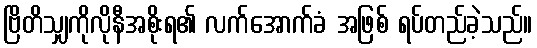
ဗြိတိသျှကိုလိုနီအစိုးရ၏ လက်အောက်ခံ အဖြစ် ရပ်တည်ခဲ့သည်။